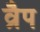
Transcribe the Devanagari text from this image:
व्रैप